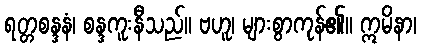
ရတ္တစန္ဒနံ၊ စန္ဒကူးနီသည်။ ဗဟူ၊ များစွာကုန်၏။ ဣမိနာ၊